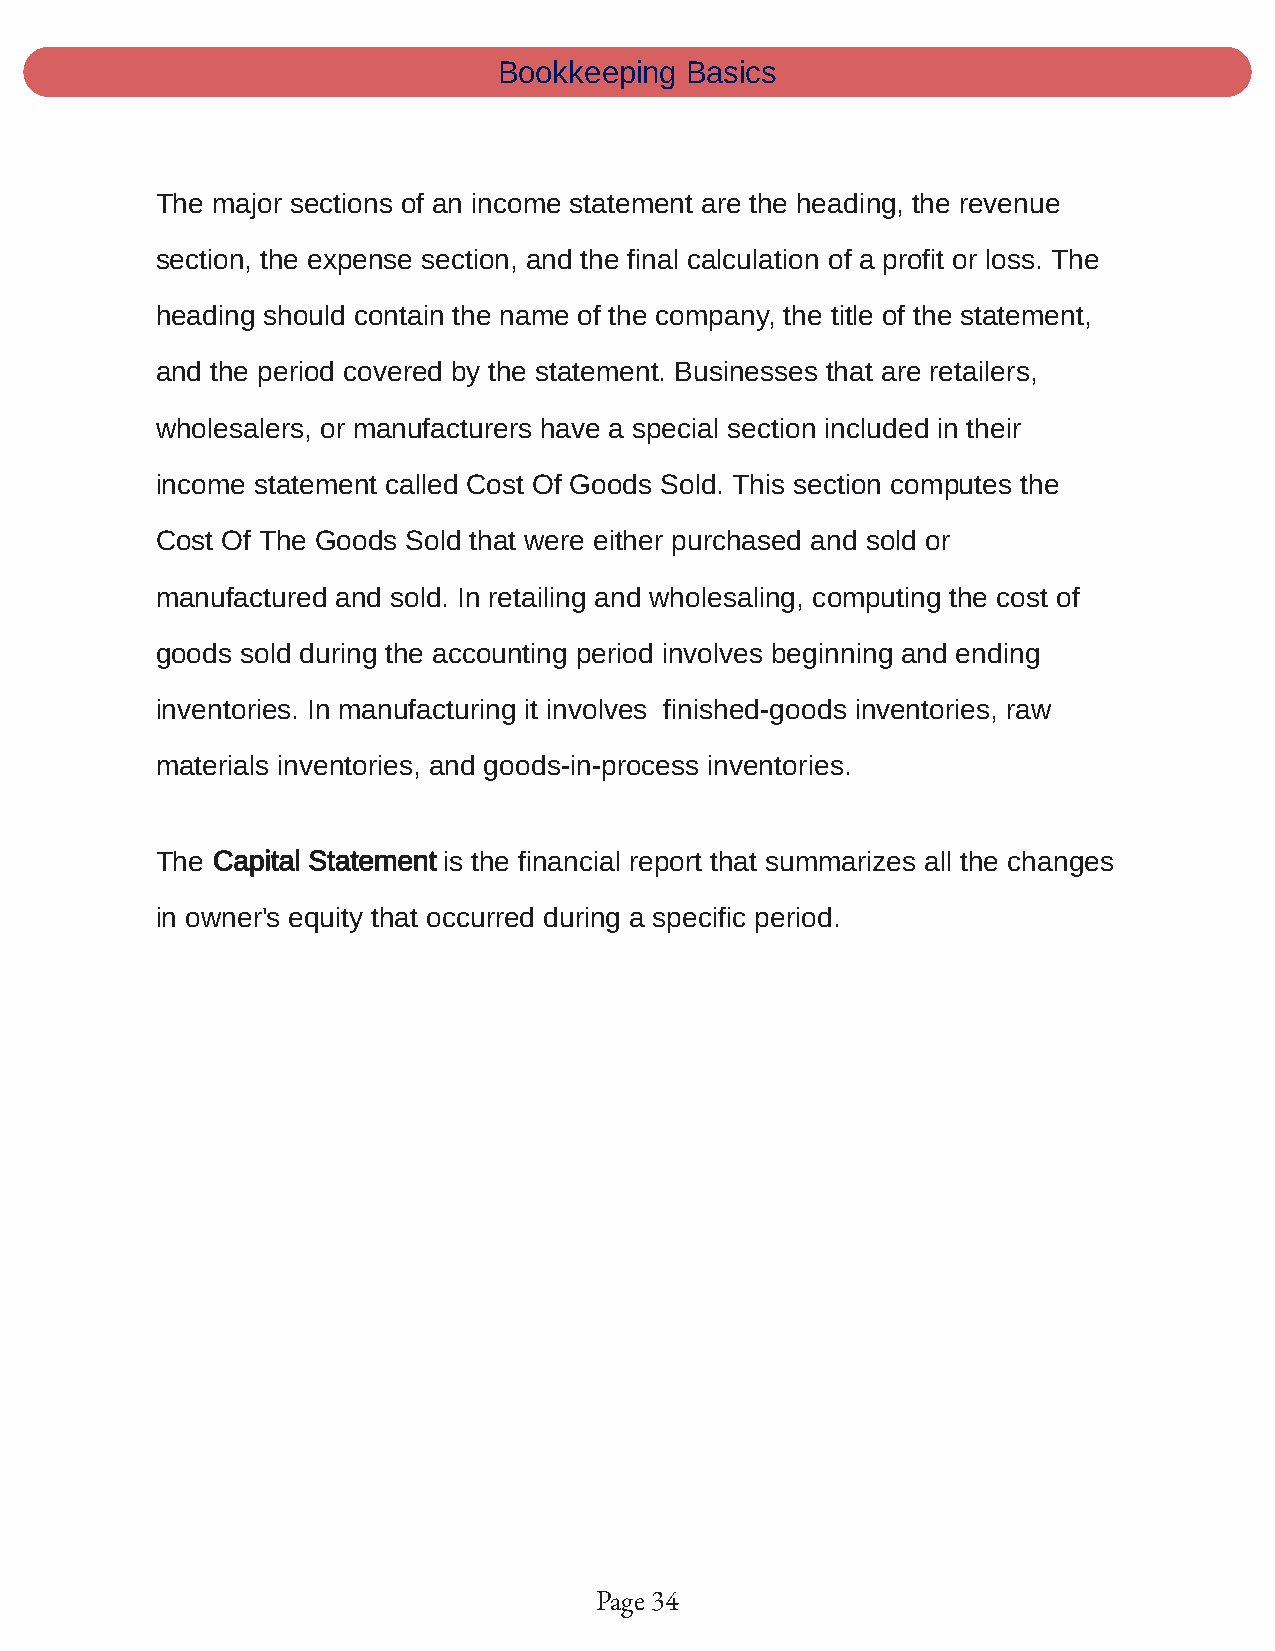
Bookkeeping Basics
 The major sections of an income statement are the heading, the revenue
 section, the expense section, and the final calculation of a profit or loss. The
 heading should contain the name of the company, the title of the statement,
 and the period covered by the statement. Businesses that are retailers,
 wholesalers, or manufacturers have a special section included in their
 income statement called Cost Of Goods Sold. This section computes the
 Cost Of The Goods Sold that were either purchased and sold or
 manufactured and sold. In retailing and wholesaling, computing the cost of
 goods sold during the accounting period involves beginning and ending
 inventories. In manufacturing it involves finished-goods inventories, raw
 materials inventories, and goods-in-process inventories.
 The Capital Statement is the financial report that summarizes all the changes
 in owner's equity that occurred during a specific period.
 Page 34